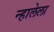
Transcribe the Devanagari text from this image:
न्हालेला